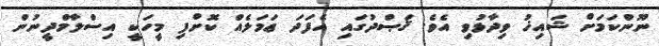
ނޫންކަމަށް ޝައިޚު ވިދާޅުވި އެވެ. ޤަޞްދުގައި އެފަދަ ޢަމަލެއް ކޮށްފި މީހަކީ އިސްލާމްދީނުން